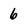
Character: 6